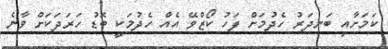
ކަމަށާއި ބަނދަރު ހެދުމަށް ފަހު ކޯޒްވޭ އެއް ހެދުމަކީ ބޮޑު ހަރަދަކަށް ވާނެ